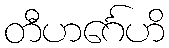
တီဟင်္ဂေဟိ